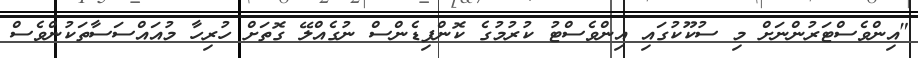
"އިންވެސްޓަރުންނަށް މި ސުކޫކުގައި އިންވެސްޓު ކުރުމުގެ ކޮންފިޑެންސް ނުގެއްލޭ ގޮތަށް ހުރިހާ މުއައްސަސާތަކުންވެސް